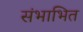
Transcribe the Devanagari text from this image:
संभाभित